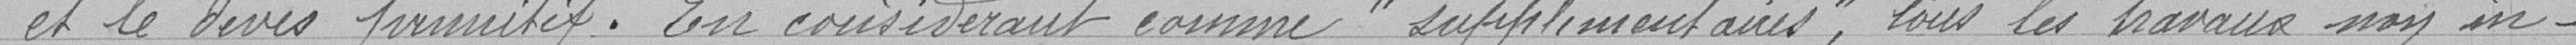
et le devis primitif. En considérant comme "supplémentaires", tous les travaux non in-